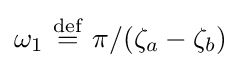
\omega _{1}\ {\stackrel {\mathrm {def} }{=}}\ \pi /(\zeta _{a}-\zeta _{b})